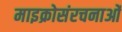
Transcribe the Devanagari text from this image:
माइक्रोसंरचनाओं